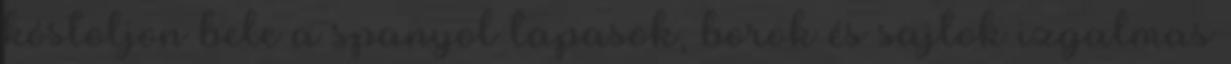
kóstoljon bele a spanyol tapasok, borok és sajtok izgalmas